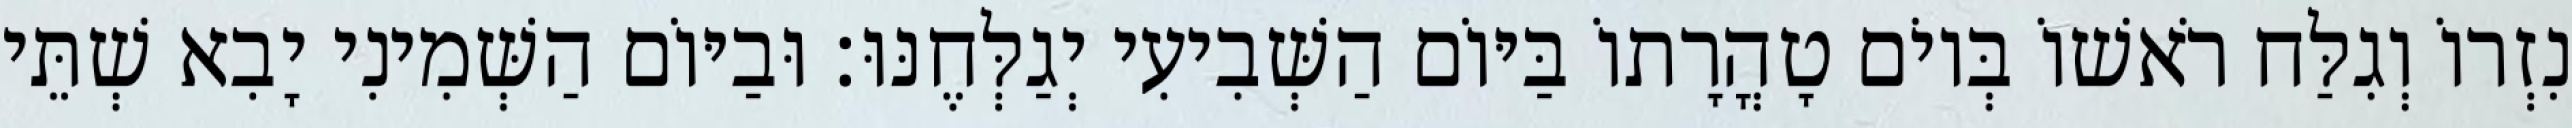
נִזְרוֹ וְגִלַּח רֹאשׁוֹ בְּיוֹם טָהֳרָתוֹ בַּיּוֹם הַשְּׁבִיעִי יְגַלְּחֶנּוּ׃ וּבַיּוֹם הַשְּׁמִינִי יָבִא שְׁתֵּי